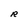
Character: R